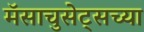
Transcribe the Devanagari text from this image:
मॅसाचुसेट्सच्या